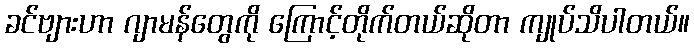
ခင်ဗျားဟာ ဂျာမန်တွေကို ကြောင့်တိုက်တယ်ဆိုတာ ကျုပ်သိပါတယ်။